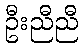
ဦးညီညီ